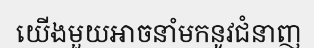
យើងមួយអាចនាំមកនូវជំនាញ